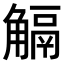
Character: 𧤜